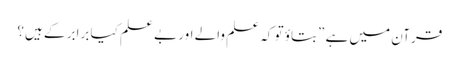
قرآن میں ہے ”بتاؤ تو کہ علم والے اور بے علم کیا برابر کے ہیں؟